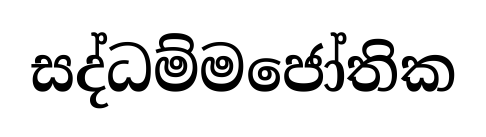
සද්ධම්මජෝතික